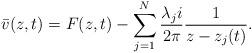
LaTeX: \begin{align*}\bar{v}(z,t)=F(z,t)-\sum_{j=1}^N\frac{\lambda_j i}{2\pi}\frac{1}{z-z_j(t)}.\end{align*}